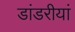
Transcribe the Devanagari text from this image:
डांडरीयां